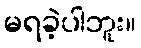
မရခဲ့ပါဘူး။